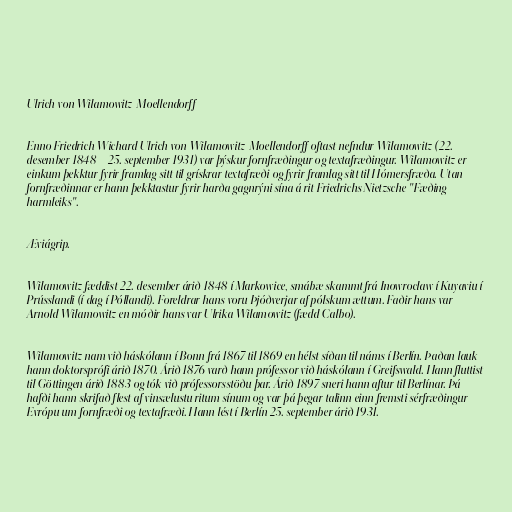
Ulrich von Wilamowitz-Moellendorff

Enno Friedrich Wichard Ulrich von Wilamowitz-Moellendorff oftast nefndur Wilamowitz (22.
desember 1848 – 25. september 1931) var þýskur fornfræðingur og textafræðingur. Wilamowitz er
einkum þekktur fyrir framlag sitt til grískrar textafræði og fyrir framlag sitt til Hómersfræða. Utan
fornfræðinnar er hann þekktastur fyrir harða gagnrýni sína á rit Friedrichs Nietzsche "Fæðing
harmleiks".

Æviágrip.

Wilamowitz fæddist 22. desember árið 1848 í Markowice, smábæ skammt frá Inowrocław í Kuyaviu í
Prússlandi (í dag í Póllandi). Foreldrar hans voru Þjóðverjar af pólskum ættum. Faðir hans var
Arnold Wilamowitz en móðir hans var Ulrika Wilamowitz (fædd Calbo).

Wilamowitz nam við háskólann í Bonn frá 1867 til 1869 en hélst síðan til náms í Berlín. Þaðan lauk
hann doktorsprófi árið 1870. Árið 1876 varð hann prófessor við háskólann í Greifswald. Hann fluttist
til Göttingen árið 1883 og tók við prófessorsstöðu þar. Árið 1897 sneri hann aftur til Berlínar. Þá
hafði hann skrifað flest af vinsælustu ritum sínum og var þá þegar talinn einn fremsti sérfræðingur
Evrópu um fornfræði og textafræði. Hann lést í Berlín 25. september árið 1931.